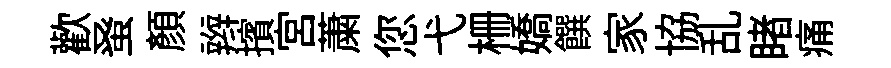
歡𫊫顔辫擯宫䔥您弋栅嬌饌家協乱睹痛